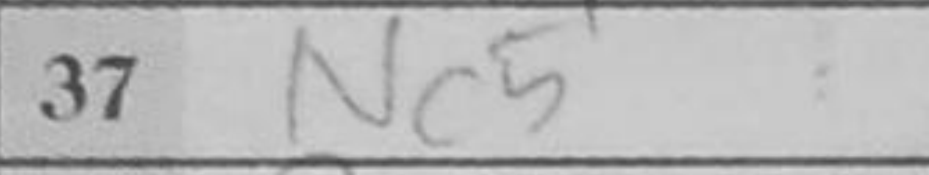
Transcription: Nc5